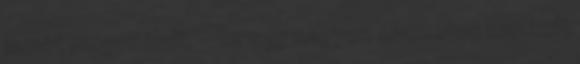
ismét megszólalt. – Ez egy nagyon élvezetes nap volt